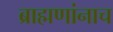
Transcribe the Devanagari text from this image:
ब्राह्मणांनाच